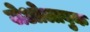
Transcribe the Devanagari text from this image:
जेओलाबुक